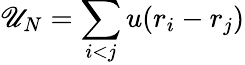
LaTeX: \mathscr{U}_{N}=\sum_{i<j}u(r_{i}-r_{j})